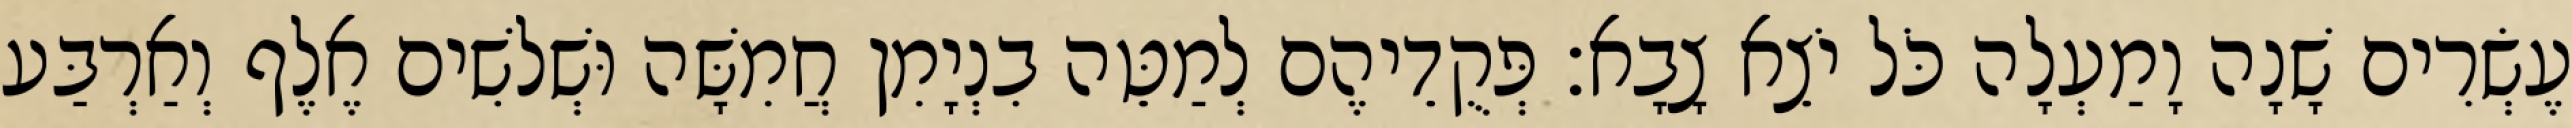
עֶשְׂרִים שָׁנָה וָמַעְלָה כֹּל יֹצֵא צָבָא׃ פְּקֻדֵיהֶם לְמַטֵּה בִנְיָמִן חֲמִשָּׁה וּשְׁלשִׁים אֶלֶף וְאַרְבַּע